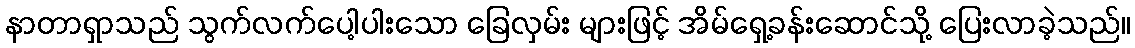
နာတာရှာသည် သွက်လက်ပေါ့ပါးသော ခြေလှမ်း များဖြင့် အိမ်ရှေ့ခန်းဆောင်သို့ ပြေးလာခဲ့သည်။